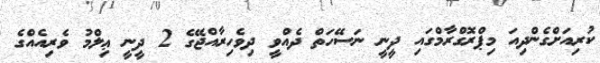
ކުރިއަށްގެންދިއަ މިޕްރޮގްރާމްގައި ދީނީ ނަސޭހަތް ދެއްވީ ދިވެހިރާއްޖޭގެ 2 ދީނީ ޢިލްމު ވެރިއެއްގެ